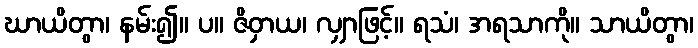
ဃာယိတွာ၊ နမ်း၍။ ပ။ ဇိဝှာယ၊ လျှာဖြင့်။ ရသံ၊ အရသာကို။ သာယိတွာ၊